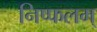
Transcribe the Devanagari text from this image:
निष्फलम्